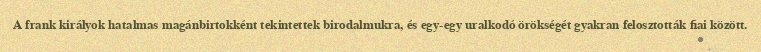
A frank királyok hatalmas magánbirtokként tekintettek birodalmukra, és egy-egy uralkodó örökségét gyakran felosztották fiai között.